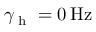
\gamma _ { \textrm { h } } = 0 \, \mathrm { H z }